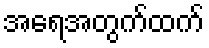
အရေအတွက်ထက်